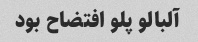
آلبالو پلو افتضاح بود